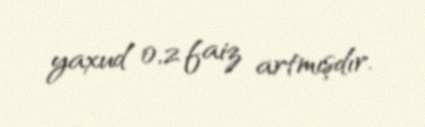
yaxud 0,2 faiz artmışdır.